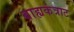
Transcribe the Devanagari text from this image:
बाह्यकंत्राट